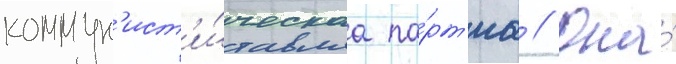
коммун'ист'и́ческаа па́рт'иа // Она́